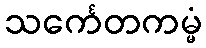
သင်္ကေတကမ္မံ